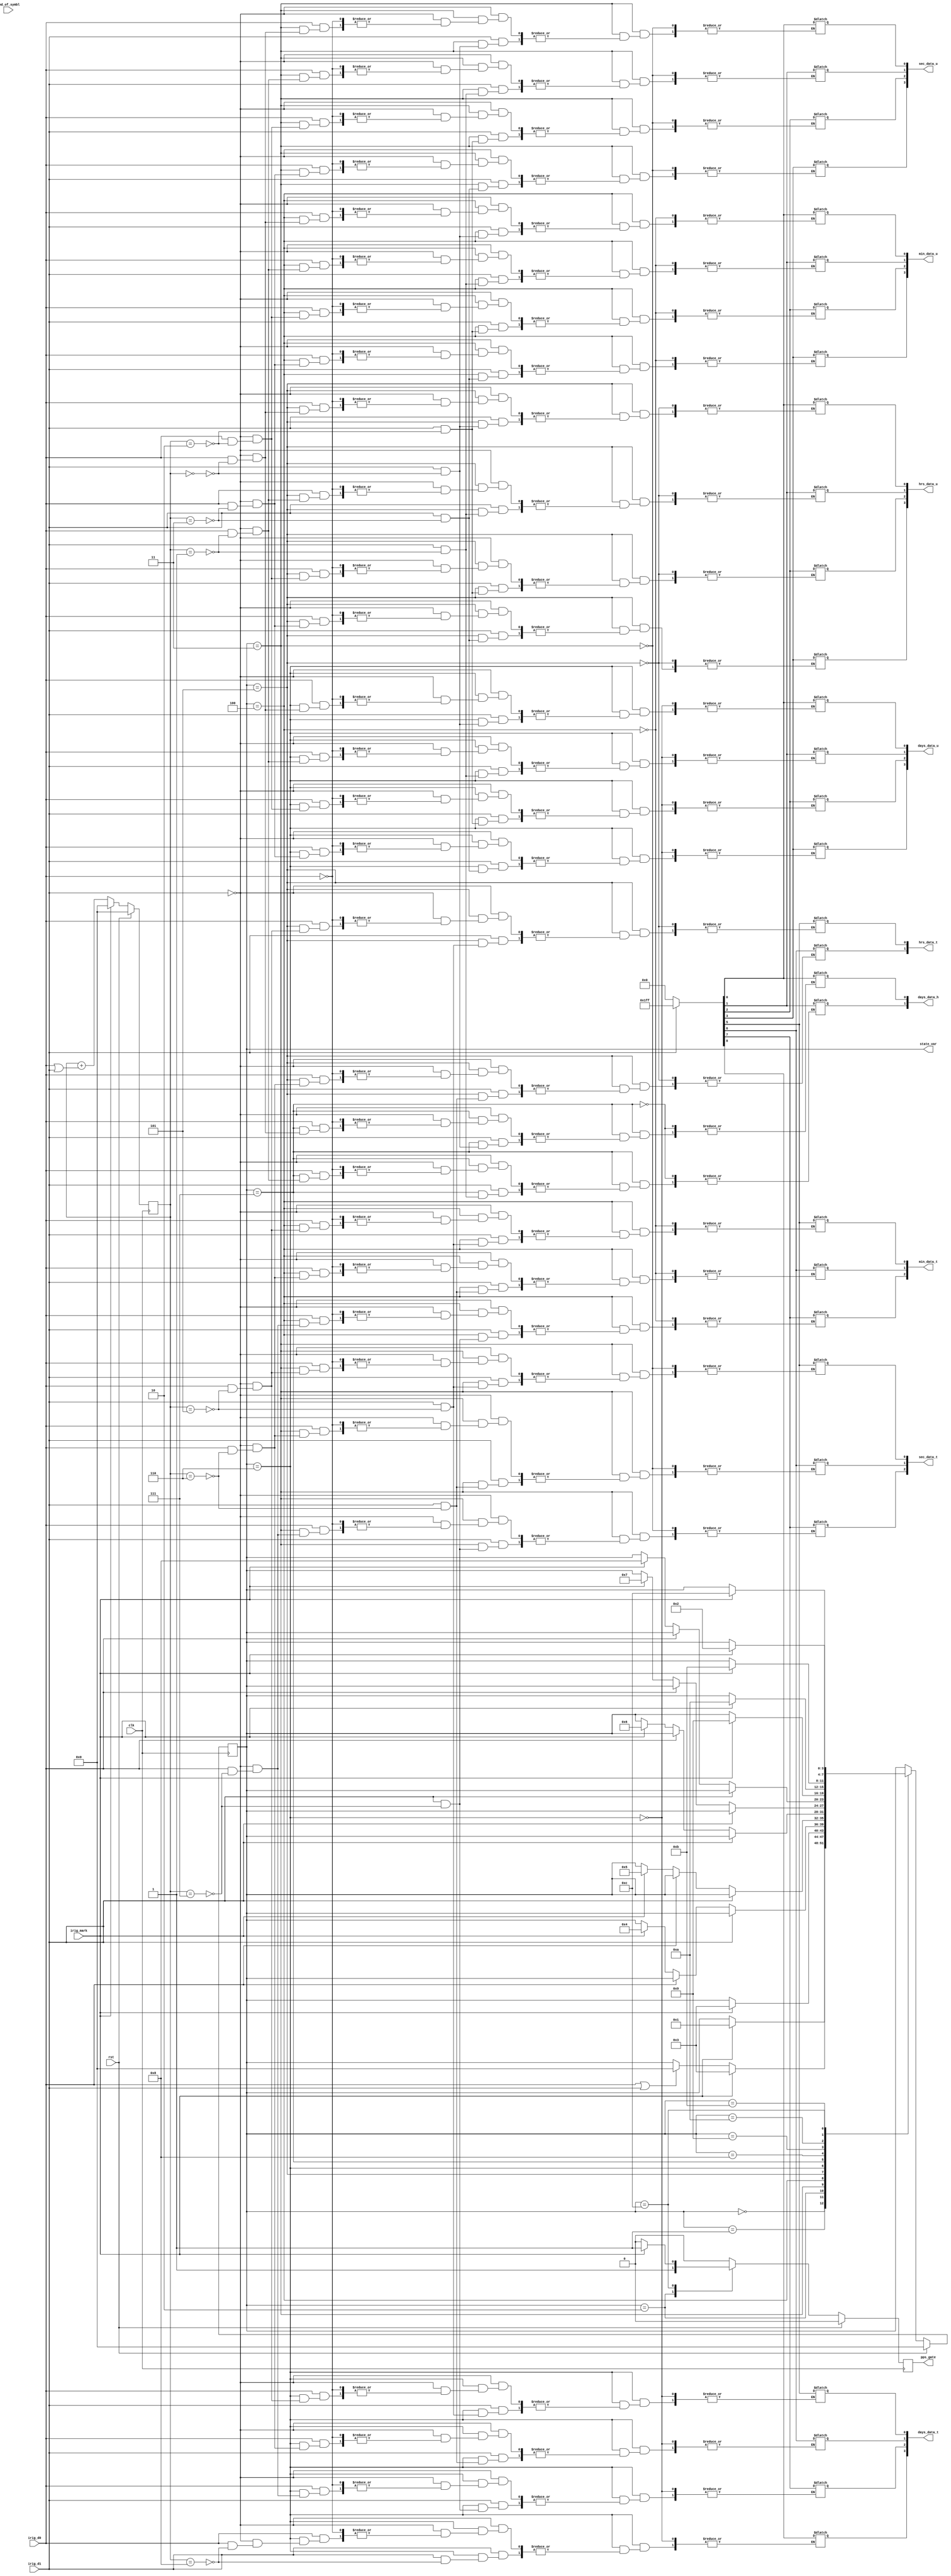
module irig_state (
                   input            clk,
                   input            rst,
                   input            end_of_symbl,
                   input            irig_d0,
                   input            irig_d1,
                   input            irig_mark,
                   output [3:0]     state_var,      
                   output reg       pps_gate,
                   output [3:0]     sec_data_u,
                   output [2:0]     sec_data_t,
                   output [3:0]     min_data_u,
                   output [2:0]     min_data_t,
                   output [3:0]     hrs_data_u,
                   output [1:0]     hrs_data_t,
                   output [3:0]     days_data_u,
                   output [3:0]     days_data_t,
                   output [1:0]     days_data_h
                   
                   );

    // State machine states
    localparam ST_UNLOCKED = 4'd0,
      ST_PRELOCK  = 4'b1,
      ST_START    = 4'd2,
      ST_SECOND   = 4'd3,
      ST_MINUTE   = 4'd4,
      ST_HOUR     = 4'd5,
      ST_DAY      = 4'd6,
      ST_DAY2     = 4'd7,
      ST_YEAR     = 4'd8,
      ST_UNUSED1  = 4'd9,
      ST_UNUSED2  = 4'd10,
      ST_SEC_DAY  = 4'd11,
      ST_SEC_DAY2 = 4'd12;

    

    // Count of the IRIG bits within a state
    reg [3:0]                       irig_cnt;

    // PPS generation internal signal
    // Output is registered version
    reg                             pps_en;
    
    // Current and next state machine state
    reg [3:0]                       state, next_state;
    
    reg [8:0] sec_frame;
    reg [8:0] min_frame;
    reg [8:0] hrs_frame;
    reg [8:0] days_frame;
    reg [8:0] days2_frame;
    // Registers
    always @(posedge clk) begin
        if (rst) begin
            state <= ST_UNLOCKED;
            pps_gate <= 1'b0;
            irig_cnt <= 4'b0;
        end
        else begin
            state <= next_state;
            pps_gate <= pps_en;

            // Count the IRIG bits received between every MARK
            if (irig_mark)
              irig_cnt <= 4'b0;
            else 
              irig_cnt <= irig_cnt + (irig_d0 | irig_d1);
        end
    end

    // IRIG decoding state machine
    // FIX ME add checks that cause loss of lock
    always @(*) begin
        next_state = state;
        pps_en = 1'b0;
        
        case (state)
          ST_UNLOCKED: begin
              if (irig_mark)
                next_state = ST_PRELOCK;
          end
          ST_PRELOCK: begin
              if (irig_mark)
                next_state = ST_SECOND;
              else if (irig_d0 || irig_d1)
                next_state = ST_UNLOCKED;          
          end
          ST_START: begin              
              pps_en = 1'b1;
              if (irig_mark) begin
                  next_state = ST_SECOND;
              end
          end
          ST_SECOND: begin
             
             if(irig_d1) 
             begin
                sec_frame[irig_cnt] = 1'b1;
             end
             else if(irig_d0) 
                  begin
                    sec_frame[irig_cnt] = 1'b0;
                  end 
                  else if (irig_mark)
                          next_state = ST_MINUTE;
                          

             /* if (irig_mark)
                next_state = ST_MINUTE;*/
          end
          ST_MINUTE: begin
             if(irig_d1) 
             begin
              min_frame[irig_cnt] = 1'b1;
             end
             else if(irig_d0) 
                  begin
                  min_frame[irig_cnt] = 1'b0;
                  end 
                  else if (irig_mark)
                           next_state = ST_HOUR;
             
              /*if (irig_mark)
                next_state = ST_HOUR;*/
                
          end       
          ST_HOUR: begin
                if(irig_d1) 
                       begin
                        hrs_frame[irig_cnt] = 1'b1;
                       end
                       else if(irig_d0) 
                            begin
                            hrs_frame[irig_cnt] = 1'b0;
                            end 
                            else if (irig_mark)
                                     next_state = ST_DAY;

             
             /* if (irig_mark)
                next_state = ST_DAY;*/
          end
          ST_DAY: begin
              if(irig_d1) 
              begin
              days_frame[irig_cnt] = 1'b1;
              end
              else if(irig_d0) 
                   begin
                   days_frame[irig_cnt] = 1'b0;
                   end 
                   else if (irig_mark)
                        next_state = ST_DAY2;


              /*if (irig_mark)
                next_state = ST_DAY2;*/
          end
          ST_DAY2: begin
                if(irig_d1) 
                        begin
                        days2_frame[irig_cnt] = 1'b1;
                        end
                        else if(irig_d0) 
                             begin
                             days2_frame[irig_cnt] = 1'b0;
                             end 
                             else if (irig_mark)
                                  next_state = ST_YEAR;
             
              
              /*if (irig_mark)
                next_state = ST_YEAR;*/
          end
          ST_YEAR: begin
             
              if (irig_mark)
                next_state = ST_UNUSED1;
          end
          ST_UNUSED1: begin
              if (irig_mark)
                next_state = ST_UNUSED2;
          end
          ST_UNUSED2: begin
              if (irig_mark)
                next_state = ST_SEC_DAY;
          end
          ST_SEC_DAY: begin
             
              if (irig_mark)
                next_state = ST_SEC_DAY2;
          end
          ST_SEC_DAY2: begin
              
              if (irig_mark) begin
                  next_state = ST_START;
                  pps_en = 1'b1;
                  
              end
          end
        endcase
    end
    assign state_var = state;
    assign sec_data_u = sec_frame[3:0];
    assign sec_data_t = sec_frame[7:5];
    assign min_data_u = min_frame[3:0];
    assign min_data_t = min_frame[7:5];
    assign hrs_data_u = hrs_frame[3:0];
    assign hrs_data_t = hrs_frame[6:5];
    assign days_data_u = days_frame[3:0];
    assign days_data_t = days_frame[8:5];
    assign days_data_h = days2_frame[1:0];
    
  
    
endmodule